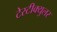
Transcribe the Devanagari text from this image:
टेस्टीक्युलर